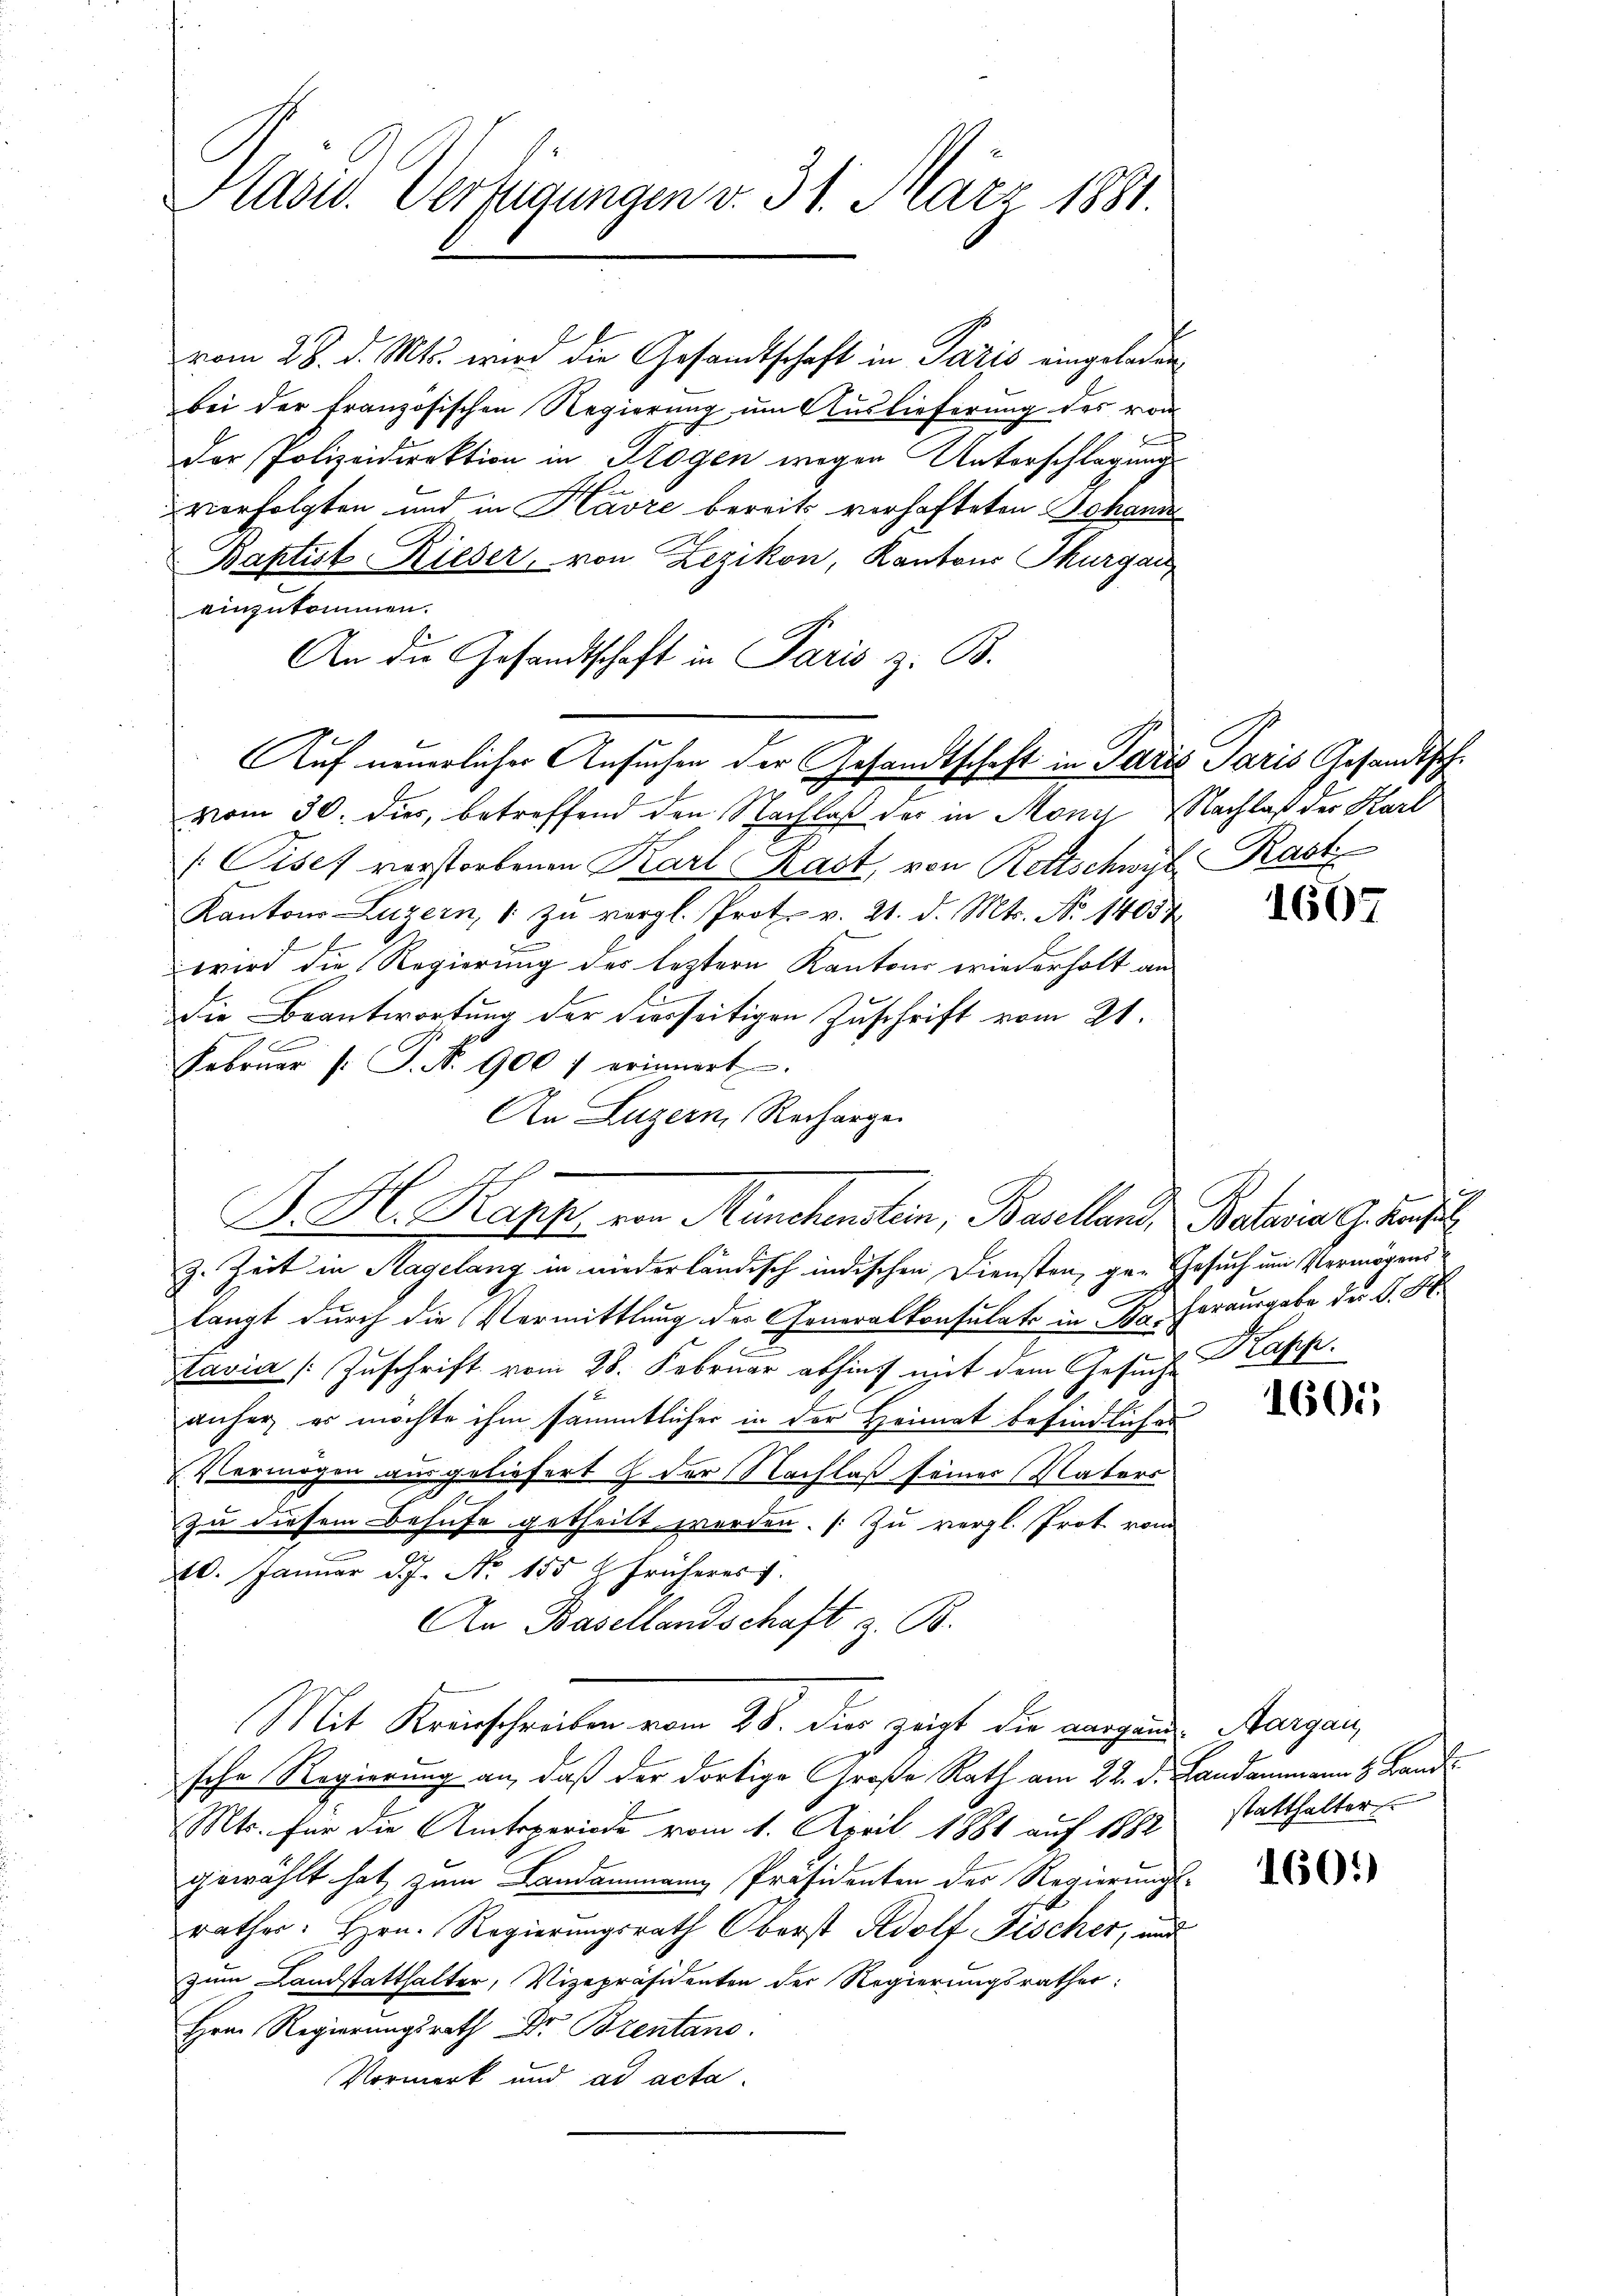
Hadw. Verfügungen v. 31. März 1881.

vom 28. d. Mts. wird die Gesandtschaft in Paris eingeladen
bei der französischen Regierung um Auslieferung des vom
d
der Polizeidirektion in Rogen wegen Unterschlagungs
vorfolgten und in Havre bereits vorhafteten Johann
Baptist Rieser, von Zezikon, Kantons Thurgau
einzukommen.
An die Gesandtschaft in Paris z. B.
vom 30. dies, betreffend den Nachlaß der in Monn Nachlaß der Karl
 Cisef vorstorbenen Karl Rast, von Ratschwyl Rast
Kantons Luzern, 1 zŭ vergl. Prot. v. 21. d. Mts. No 14054
wird die Regierung des leztern Kantons wiederholt an
die Beantwortung der hierseitigen Zuschrift vom 21.
x
Februar (: P. Nr. 900 f erinnert.
An Luzern, Rechargen
B. H. Papp von Münchenstein, Baselland Balina Graf
z. Zeit in Hagelang in niederländisch indischen Diensten, gar Gesuch um Vermögenslangt durch die Vormittlung des Generalkonsulats in Dr. Herausgabe der K. H.
tavia Zuschrift vom 28. Februar abhin mit dem Gesuche
anher er möchte ihm sämmtlicher in der Heimat befindlicher
Vermögen ausgeliefert & der Nachlaß seiner Vaters
zu diesem Behufe getheilt werden. (Zu vergl. Prot. vom
20. Januar d. J. No 155 f früheres
An Basellandschaft z. B.
Mit Krinschreiben vom 25. die zeigt die morgens Aargau,
sche Regierung an, daß der dortige Große Rath am 22. d. Landammann z. Band
Mts. für die Amtsperiode vom 1. April 1881 auf 1882
gewählt hat zum Landammann Präsidenten der Regierungsrathes. Hrn. Regierungsrath Oberst Adolf Fischer, und
zum Landstatthalter, Vizepräsidenten der Regierungsrathes:
Hrn. Regierungsrath Dr Brentano.
Vormerk und ad acta.

.

Auf neuerlicher Ansuchen der Gesandtschaft in Paris Paris Gesandtsche

1667

.
Kapp.

1605

statthalter

1601)